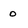
Character: o